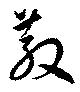
散